Medical and sanitary report of the native army of Bengal for the year
Year: 1875
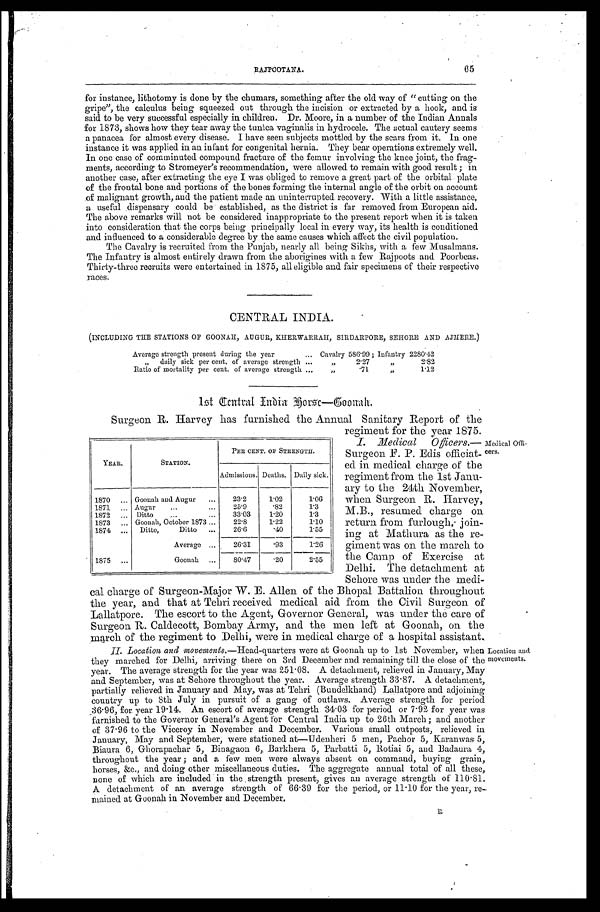
65
RAJPOOTANA.
for instance, lithotomy is done by the chumars, something after the old way of "cutting on the
gripe", the calculus being squeezed out through the incision or extracted by a hook, and is
said to be very successful especially in children. Dr. Moore, in a number of the Indian Annals
for 1873, shows how they tear away the tunica vaginalis in hydrocele. The actual cautery seems
a panacea for almost every disease. I have seen subjects mottled by the scars from it. In one
instance it was applied in an infant for congenital hernia. They bear operations extremely well.
In one case of comminuted compound fracture of the femur involving the knee joint, the frag
-ments, according to Stromeyer's recommendation, were allowed to remain with good result; in
another case, after extracting the eye I was obliged to remove a great part of the orbital plate
of the frontal bone and portions of the bones forming the internal angle of the orbit on account
of malignant growth, and the patient made an uninterrupted recovery. With a little assistance,
a useful dispensary could be established, as the district is far removed from European aid.
The above remarks will not be considered inappropriate to the present report when it is taken
into consideration that the corps being principally local in every way, its health is conditioned
and influenced to a considerable degree by the same causes which affect the civil population.
The Cavalry is recruited from the Punjab, nearly all being Sikhs, with a few Musalmans.
The Infantry is almost entirely drawn from the aborigines with a few Rajpoots and Poorbeas.
Thirty-three recruits were entertained in 1875, all eligible and fair specimens of their respective
races.
CENTRAL INDIA.
(INCLUDING THE STATIONS OF GOONAH, AUGUR, KHERWARRAH, SIRDARPORE, SEHORE AND AJMERE.)
Average strength present during the year . . .
Cavalry 586.99 ; Infantry 2280.42
„ daily sick per cent. of average strength . . .
„
2.27
"
2.82
Ratio of mortality per cent. of average strength . . .
„
.71
"
1.12
1st Central India Horse—Goonah.
Surgeon R. Harvey has furnished the Annual Sanitary Report of the
regiment for the year 1875.
I. Medical Officer.—
Surgeon F. P. Edis officiat -
ed in medical charge of the
regiment from the 1st Janu-
ary to the 24th November,
when Surgeon R. Harvey,
M.B., resumed charge on
return from furlough join -
ing at Mathura as the re -
giment was on the march to
the Camp of Exercise at
Delhi. The detachment at
Sehore was under the medi -
cal charge of Surgeon-Major W. E. Allen of the Bhopal Battalion throughout
the year, and that at Tehri received medical aid from the Civil Surgeon of
Lallatpore. The escort to the Agent, Governor General, was under the care of
Surgeon R. Caldecott, Bombay Army, and the men left at Goonah, on the
march of the regiment to Delhi, were in medical charge of a hospital assistant.
II. Location and movements .—Head-quarters were at Goonah up to 1st November, when
they marched for Delhi, arriving there on 3rd December and remaining till the close of the
year. The average strength for the year was 251.08. A detachment, relieved in January, May
and September, was at Sehore throughout the year. Average strength 33.87. A detachment,
partially relieved in January and May, was at Tehri (Bundelkhand) Lallatpore and adjoining
country up to 8th July in pursuit of a gang of outlaws. Average strength for period
36.96, for year 19.14. An escort of average strength 34.03 for period or 7.92 for year was
farnished to the Governor General's Agent for Central India up to 26th March; and another
of 37.96 to the Viceroy in November and December. Various small outposts, relieved in
January, May and September, were stationed at—Udenheri 5 men, Pachor 5, Karanwas 5,
Biaura 6, Ghorapachar 5, Binagaon 6, Barkhera 5, Parbatti 5, Rotiai 5, and Badaura 4,
throughout the year; and a few men were always absent on command, buying grain,
horses, &c., and doing other miscellaneous duties. The aggregate annual total of all these,
none of which are included in the strength present, gives an average strength of 110.81.
A detachment of an average strength of 66.39 for the period, or 11.10 for the year, re
- m a i n e d a t G o o n a h i n N o v e m b e r a n d D e c e m b e r .
YEAR.
STATION.
PER CENT. OF STRENGTH.
Admissions. Deaths. Daily sick.
1870 . . . Goonah and Augur . . .
23.2
1.02
1.06
1 8 7 1 . . .
Augur . . .
25.9
.82
1.3
1872 . . . Ditto . . .
33.03
1.20
1.3
1873 . . . Goonah, October 1873 . . .
22.8
1.22
1.10
1874 . . .
Ditto, Ditto . . .
26.6
.40
1.55
Average . . .
26.31
.93
1.26
1875 . .
Goonah . . .
80.47
.20
2.55
Medical Off
i-cers.
Location and
movements.
R